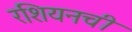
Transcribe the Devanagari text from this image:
रशियनची